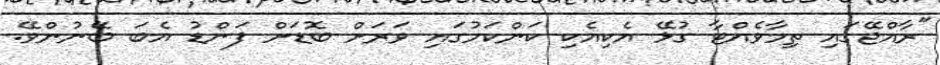
"ރާއްޖޭގައި ތިމާވެއްޓާ ގުޅޭ އެކިއެކި ކަންކަމުގައި ވަރަށް ބޮޑަށް ފަންޑު އެބަ ބޭނުންވޭ.